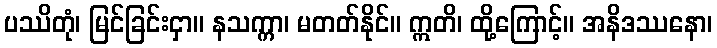
ပဿိတုံ၊ မြင်ခြင်းငှာ။ နသက္ကာ၊ မတတ်နိုင်။ ဣတိ၊ ထို့ကြောင့်။ အနိဒဿနော၊